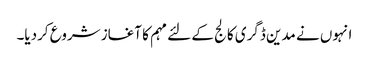
انہوں نے مدین ڈگری کالج کے لئے مہم کا آغاز شروع کردیا۔